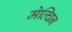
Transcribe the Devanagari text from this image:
मेल्चिन